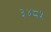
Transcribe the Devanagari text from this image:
३४८५